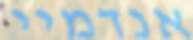
אנדמיי